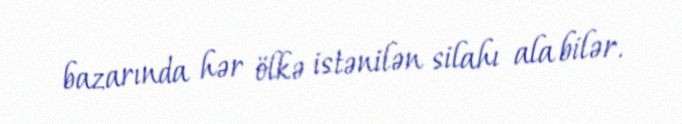
bazarında hər ölkə istənilən silahı ala bilər.